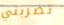
تضربني